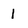
Character: 1